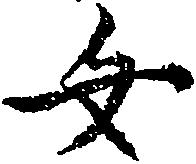
女